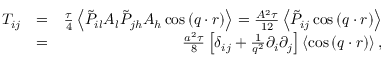
\begin{array} { r l r } { T _ { i j } } & { = } & { \frac { \tau } { 4 } \left\langle \tilde { P } _ { i l } A _ { l } \tilde { P } _ { j h } A _ { h } \cos { ( \boldsymbol { q } \cdot \boldsymbol { r } ) } \right\rangle = \frac { A ^ { 2 } \tau } { 1 2 } \left\langle \tilde { P } _ { i j } \cos { ( \boldsymbol { q } \cdot \boldsymbol { r } ) } \right\rangle } \\ & { = } & { \frac { a ^ { 2 } \tau } { 8 } \left[ \delta _ { i j } + \frac { 1 } { q ^ { 2 } } \partial _ { i } \partial _ { j } \right] \left\langle \cos { ( \boldsymbol { q } \cdot \boldsymbol { r } ) } \right\rangle , } \end{array}